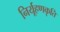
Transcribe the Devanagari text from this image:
निर्यूहणकृति